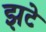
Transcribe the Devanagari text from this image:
झटे